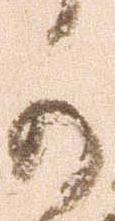
可